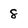
Character: 8